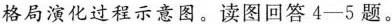
格局演化过程示意图。读图回答4—5题。